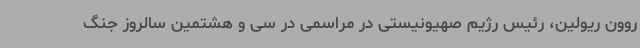
روون ریولین، رئیس رژیم صهیونیستی در مراسمی در سی و هشتمین سالروز جنگ